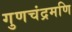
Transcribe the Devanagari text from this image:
गुणचंद्रमणि